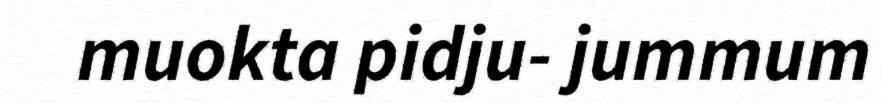
muokta pidju- jummum